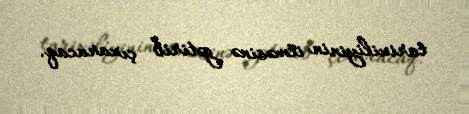
tarixiliyinin itməsinə gətirib çıxaracaq.